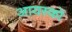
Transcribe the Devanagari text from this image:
आयस्कों